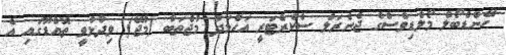
ހޭންޑްބޯލް މޯލްޑިވްސްގެ ޖެނެރަލް ސެކްރެޓަރީ އަހްމަދު މުޖްތަބާ (މުޖޭ) ވިދާޅުވީ ތޮއްޑޫގައި އެ